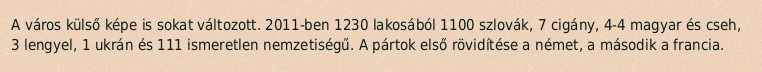
A város külső képe is sokat változott. 2011-ben 1230 lakosából 1100 szlovák, 7 cigány, 4-4 magyar és cseh, 3 lengyel, 1 ukrán és 111 ismeretlen nemzetiségű. A pártok első rövidítése a német, a második a francia.